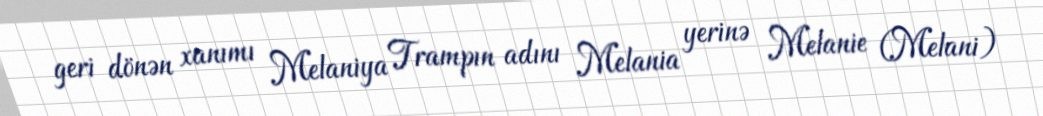
geri dönən xanımı Melaniya Trampın adını Melania yerinə Melanie (Melani)